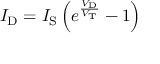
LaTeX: I _ { \mathrm { D } } = I _ { \mathrm { S } } \left( e ^ { \frac { V _ { \mathrm { D } } } { V _ { \mathrm { T } } } } - 1 \right)